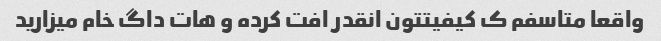
واقعا متاسفم ک کیفیتتون انقدر افت کرده و هات داگ خام میزارید